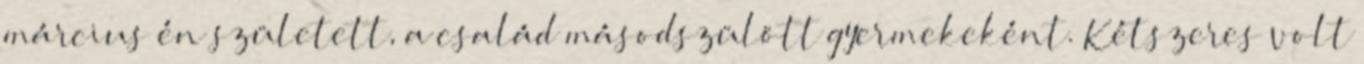
március én született, a család másodszülött gyermekeként. Kétszeres volt